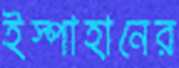
ইস্পাহানের